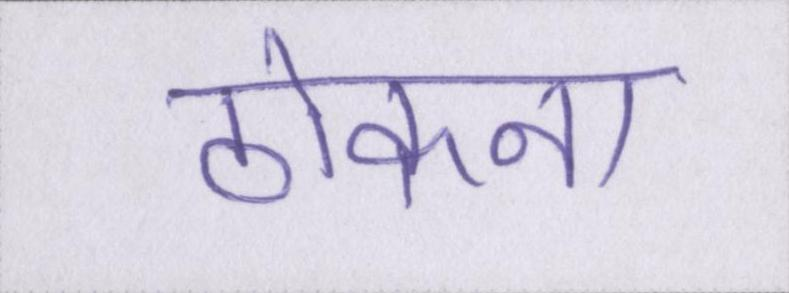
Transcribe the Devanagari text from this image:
ठोकना